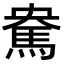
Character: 𩢥